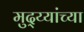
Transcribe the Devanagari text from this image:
मुद्य्यांच्या